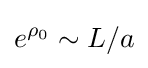
e^{\rho _{0}}\sim L/a